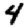
Digit: 4